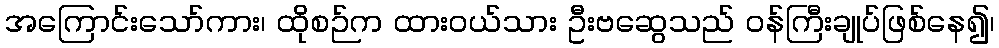
အကြောင်းသော်ကား၊ ထိုစဉ်က ထားဝယ်သား ဦးဗဆွေသည် ဝန်ကြီးချုပ်ဖြစ်နေ၍၊